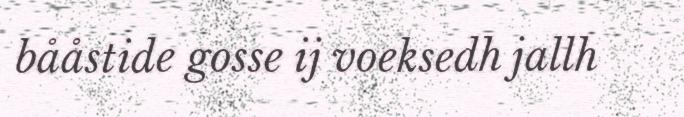
bååstide gosse ij voeksedh jallh